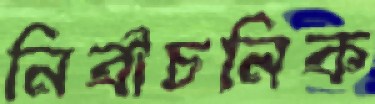
নির্বাচনিক